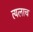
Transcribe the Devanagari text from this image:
त्यलाच